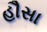
હૌસા